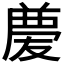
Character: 𠭶